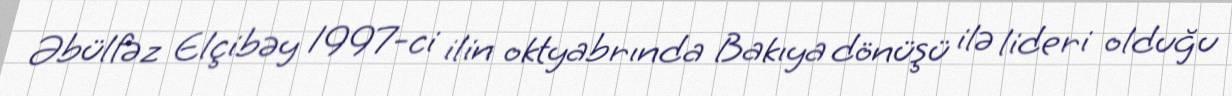
Əbülfəz Elçibəy 1997-ci ilin oktyabrında Bakıya dönüşü ilə lideri olduğu